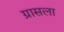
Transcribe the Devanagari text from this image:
ग्रासला